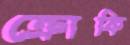
ক্রোকি